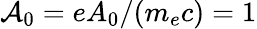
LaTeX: \mathcal{A}_{0}=eA_{0}/(m_{e}c)=1